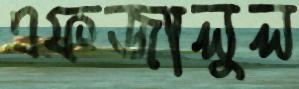
এফজালুল